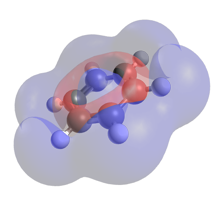
avogadro, ball and sticks, mesh, orbital